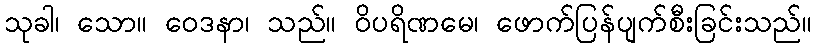
သုခါ၊ သော။ ဝေဒနာ၊ သည်။ ဝိပရိဏမေ၊ ဖောက်ပြန်ပျက်စီးခြင်းသည်။